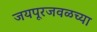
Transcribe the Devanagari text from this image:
जयपूरजवळच्या